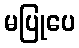
မပြုပေ